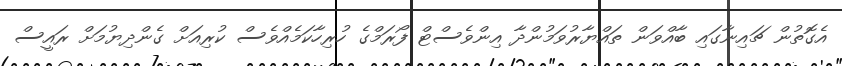
އެގޮތުން ޗައިނާގައި ބާއްވަން ތައްޔާރުވަމުންދާ އިންވެސްޓް ފޯރަމްގެ ހުރިހާކަމެއްވެސް ކުރިއަށް ގެންދިޔުމަށް ރައީސް